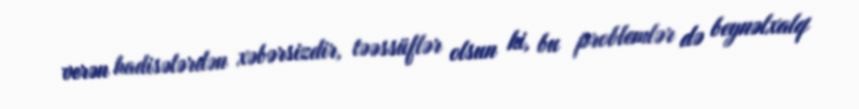
verən hadisələrdən xəbərsizdir, təəssüflər olsun ki, bu problemlər də beynəlxalq